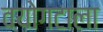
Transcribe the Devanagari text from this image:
वयोगटाला